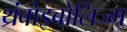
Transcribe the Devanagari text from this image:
थ्रंबोइबोलिज्म